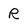
Character: R